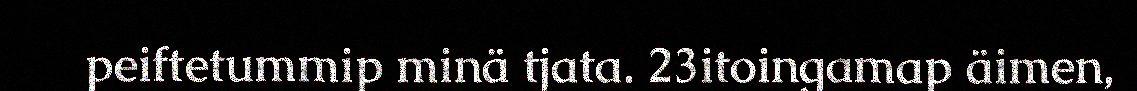
peiftetummip minä tjata. 23itoingamap äimen,